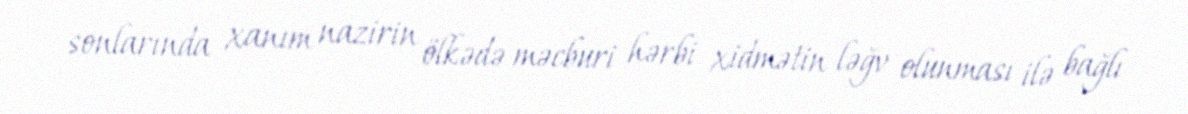
sonlarında xanım nazirin ölkədə məcburi hərbi xidmətin ləğv olunması ilə bağlı